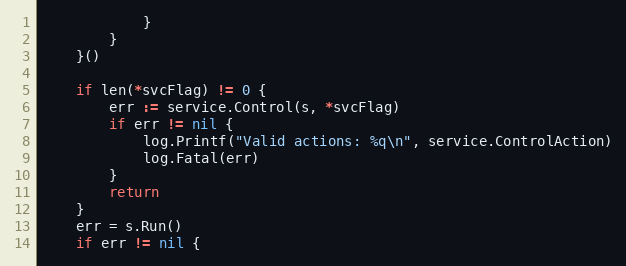
Language: Go
			}
		}
	}()

	if len(*svcFlag) != 0 {
		err := service.Control(s, *svcFlag)
		if err != nil {
			log.Printf("Valid actions: %q\n", service.ControlAction)
			log.Fatal(err)
		}
		return
	}
	err = s.Run()
	if err != nil {